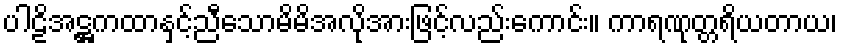
ပါဠိအဋ္ဌကထာနှင့်ညီသောမိမိအလိုအားဖြင့်လည်းကောင်း။ ကာရဏုတ္တရိယတာယ၊